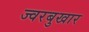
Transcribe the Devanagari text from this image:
ज्वरबुखार